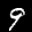
Label: 9